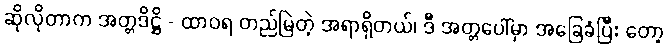
ဆိုလိုတာက အတ္တဒိဋ္ဌိ - ထာဝရ တည်မြဲတဲ့ အရာရှိတယ်၊ ဒီ အတ္တပေါ်မှာ အခြေခံပြီး တော့